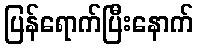
ပြန်ရောက်ပြီးနောက်